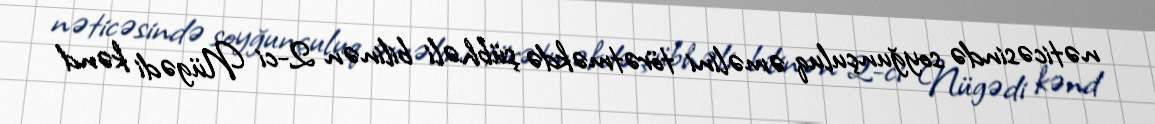
nəticəsində soyğunçuluq əməlini törətməkdə şübhəli bilinən 2-ci Nügədi kənd